Regulations for the medical services of the Army of India
Year: 1930
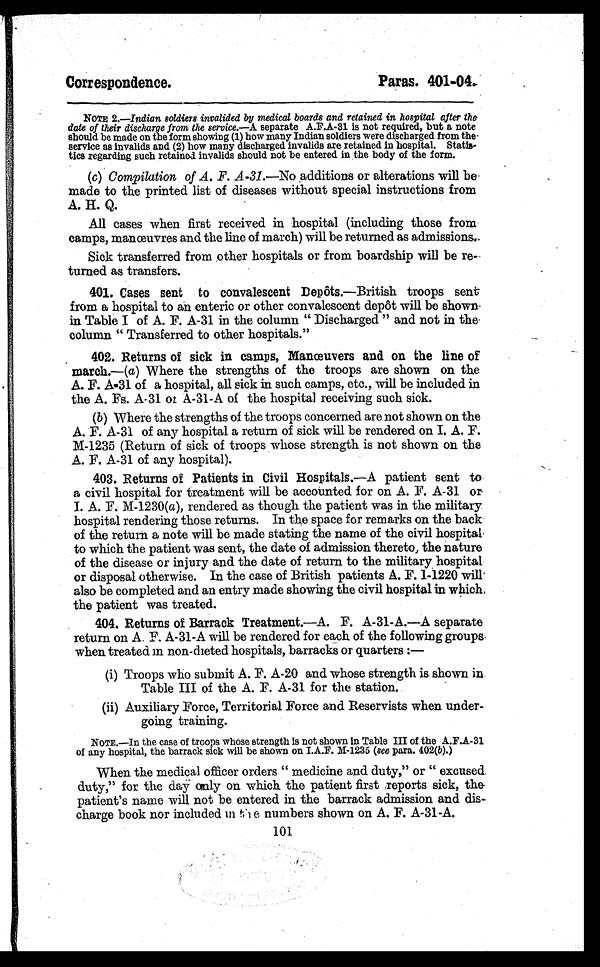
Correspondence.
Paras. 401-04.
NOTE 2 .—Indian soldiers invalided by medical boards and retained in hospital after the
date of their discharge from the service.—A separate A.F.A-31 is not required, but a note
should be made on the form showing (1) how many Indian soldiers were discharged from the
service as invalids and (2) how many discharged invalids are retained in hospital. Statis-
tics regarding such retained invalids should not be entered in the body of the form.
(c) Compilation of A. F. A-31.— No additions or alterations will be
made to the printed list of diseases without special instructions from
A. H. Q.
All cases when first received in hospital (including those from
camps, manœuvres and the line of march) will be returned as admissions.
Sick transferred from other hospitals or from boardship will be re-
turned as transfers.
401. Cases sent to convalescent Depôts.—British troops sent
from a hospital to an enteric or other convalescent depôt will be shown
in Table I of A. F. A-31 in the column " Discharged " and not in the
column " Transferred to other hospitals."
402. Returns of sick in camps, Manœuvers and on the line of
march.—(a) Where the strengths of the troops are shown on the
A. F. A-31 of a hospital, all sick in such camps, etc., will be included in
the A. Fs. A-31 or A-31-A of the hospital receiving such sick.
(b) Where the strengths of the troops concerned are not shown on the
A. F. A-31 of any hospital a return of sick will be rendered on I. A. F.
M-1235 (Return of sick of troops whose strength is not shown on the
A. F. A-31 of any hospital).
403. Returns of Patients in Civil Hospitals.—A patient sent to
a civil hospital for treatment will be accounted for on A. F. A-31 or
I. A. F. M-1230( a), rendered as though the patient was in the military
hospital rendering those returns. In the space for remarks on the back
of the return a note will be made stating the name of the civil hospital
to which the patient was sent, the date of admission thereto, the nature
of the disease or injury and the date of return to the military hospital
or disposal otherwise. In the case of British patients A. F. 1-1220 will
also be completed and an entry made showing the civil hospital in which
the patient was treated.
404. Returns of Barrack Treatment.—A. F. A-31-A.—A separate
return on A. F. A-31-A will be rendered for each of the following groups
when treated in non-dieted hospitals, barracks or quarters :
—
(i) Troops who submit A. F. A-20 and whose strength is shown in
Table III of the A. F. A-31 for the station.
(ii) Auxiliary Force, Territorial Force and Reservists when under-
going training.
NOTE.—In the case of troops whose strength is not shown in Table III of the A.F.A-31
of any hospital, the barrack sick will be shown on I.A.F. M-1235 (see para. 402(b).)
When the medical officer orders " medicine and duty," or " excused
duty," for the day only on which the patient first reports sick, the
patient's name will not be entered in the barrack admission and dis
charge book nor included in the numbers shown on A. F. A-31-A.
101